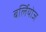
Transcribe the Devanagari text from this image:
बर्लियोज